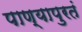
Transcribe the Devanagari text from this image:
पाण्यापुरतं